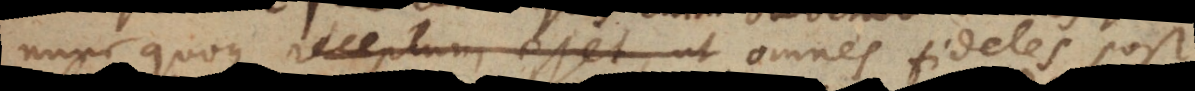
nunc quoque receptum esset, ut omnes fideles post